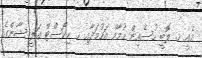
އެއީ ހ. ލޮބީ ހުސެއިން ހުމާމް އަހުމަދާއި ހ. ހިކޯސްޓް ޢަލީ ޝާންގެ